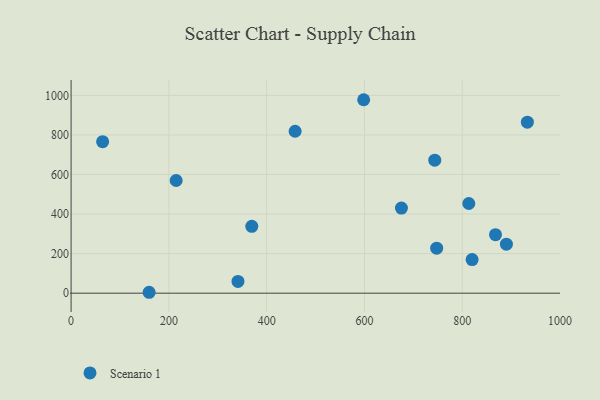
{"axis": {"x": "Engine Size", "y": "Demand"}, "legend": ["Scenario 1"], "data": [{"x": "747.7", "y": 227.4, "type": "Scenario 1"}, {"x": "675.6", "y": 430.1, "type": "Scenario 1"}, {"x": "214.9", "y": 569.6, "type": "Scenario 1"}, {"x": "820.2", "y": 170.0, "type": "Scenario 1"}, {"x": "813.4", "y": 453.4, "type": "Scenario 1"}, {"x": "458.2", "y": 818.7, "type": "Scenario 1"}, {"x": "369.6", "y": 338.1, "type": "Scenario 1"}, {"x": "159.6", "y": 4.6, "type": "Scenario 1"}, {"x": "598.4", "y": 978.1, "type": "Scenario 1"}, {"x": "341.3", "y": 59.5, "type": "Scenario 1"}, {"x": "890.3", "y": 247.7, "type": "Scenario 1"}, {"x": "933.2", "y": 864.6, "type": "Scenario 1"}, {"x": "868.0", "y": 295.9, "type": "Scenario 1"}, {"x": "743.8", "y": 672.5, "type": "Scenario 1"}, {"x": "64.5", "y": 765.8, "type": "Scenario 1"}]}